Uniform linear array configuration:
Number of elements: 32
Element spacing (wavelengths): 1
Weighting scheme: blackman
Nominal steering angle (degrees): -15
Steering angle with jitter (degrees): -13.6
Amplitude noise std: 0.05
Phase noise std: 0.05

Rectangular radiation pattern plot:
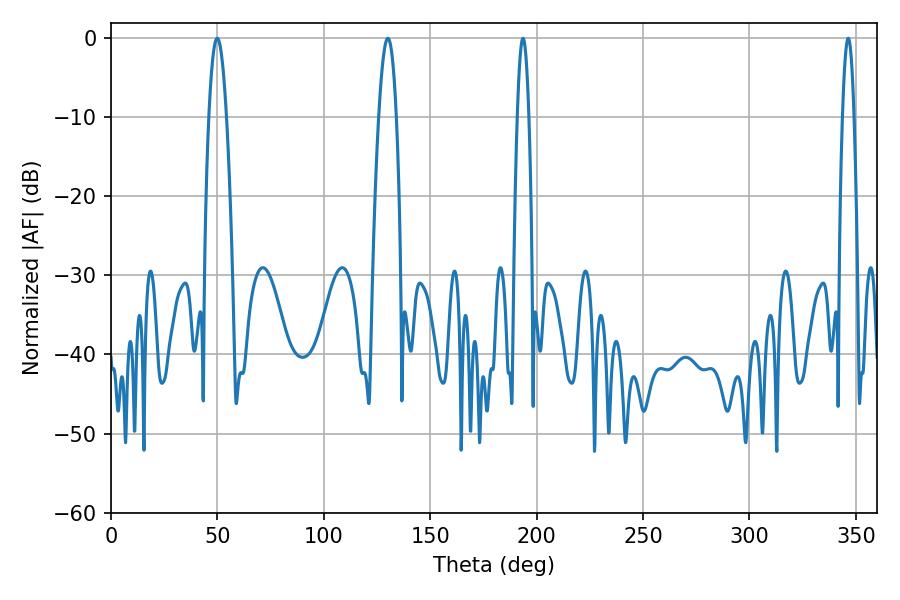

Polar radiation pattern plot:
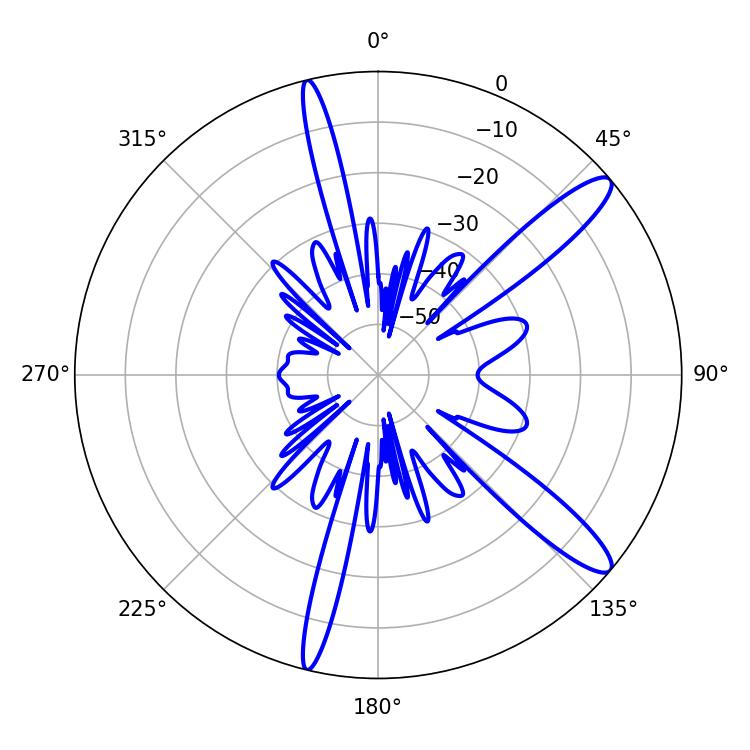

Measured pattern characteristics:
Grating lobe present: TRUE
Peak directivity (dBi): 12.784
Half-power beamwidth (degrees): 4.5
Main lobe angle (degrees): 49.86